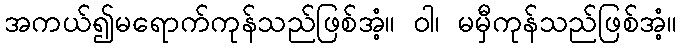
အကယ်၍မရောက်ကုန်သည်ဖြစ်အံ့။ ဝါ၊ မမှီကုန်သည်ဖြစ်အံ့။